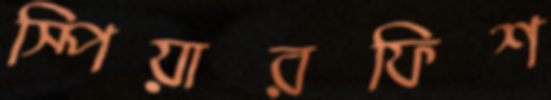
স্পিয়ারফিশ